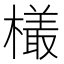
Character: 𣜒